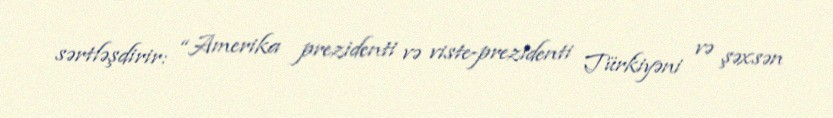
sərtləşdirir: “Amerika prezidenti və viste-prezidenti Türkiyəni və şəxsən